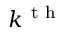
k ^ { \mathrm { ~ t ~ h ~ } }